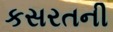
કસરતની